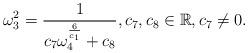
LaTeX: \begin{align*}\omega _{3}^{2}=\frac{1}{c_{7}\omega _{4}^{\frac{6}{c_{1}}}+c_{8}},c_{7},c_{8}\in \mathbb{R},c_{7}\neq 0. \end{align*}